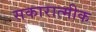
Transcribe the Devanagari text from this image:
सकारात्मीक